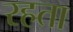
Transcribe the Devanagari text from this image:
रहता